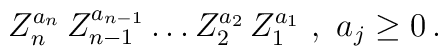
Z_n^{a_n} \, Z_{n-1}^{a_{n-1}} \ldots Z_2^{a_2} \, Z_1^{a_1} \ , \ a_j \geq 0 \, .